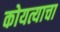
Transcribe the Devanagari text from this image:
कोयत्याचा